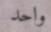
واحد